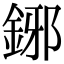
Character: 鋣